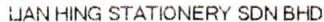
LIAN HING STATIONERY SDN BHD